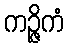
ကဉ္ဇိကံ